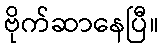
ဗိုက်ဆာနေပြီ။